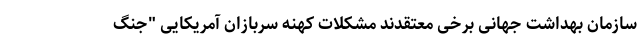
سازمان بهداشت جهانی برخی معتقدند مشکلات کهنه سربازان آمریکایی "جنگ